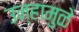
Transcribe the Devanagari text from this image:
उन्हामुळे